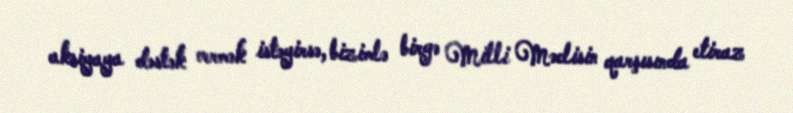
aksiyaya dəstək vermək istəyirsə, bizimlə birgə Milli Məclisin qarşısında etiraz